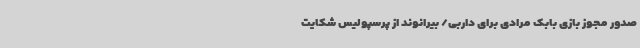
صدور مجوز بازی بابک مرادی برای داربی/ بیرانوند از پرسپولیس شکایت